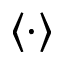
\left< \cdot \right>